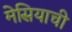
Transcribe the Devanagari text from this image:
मेसियाची